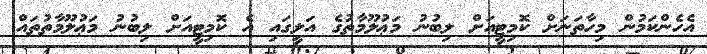
އެހެންކަމުން މިހާތަނަށް ކޮމިޓީއަށް ލިބުނު މަޢުލޫމާތުގެ އަލީގައި އެ ކޮމިޓީއަށް ލިބުނު މަޢުލޫމާތުތައް